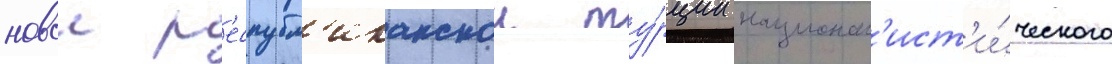
новои р'еспубл'иканскои ту́рции национал'ист'и́ческого